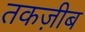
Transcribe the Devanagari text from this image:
तकज़ीब